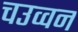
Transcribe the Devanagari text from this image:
चउव्वन